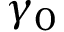
\gamma _ { 0 }